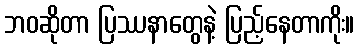
ဘဝဆိုတာ ပြဿနာတွေနဲ့ ပြည့်နေတာကိုး။